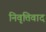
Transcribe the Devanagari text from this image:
निवृत्तिवाद